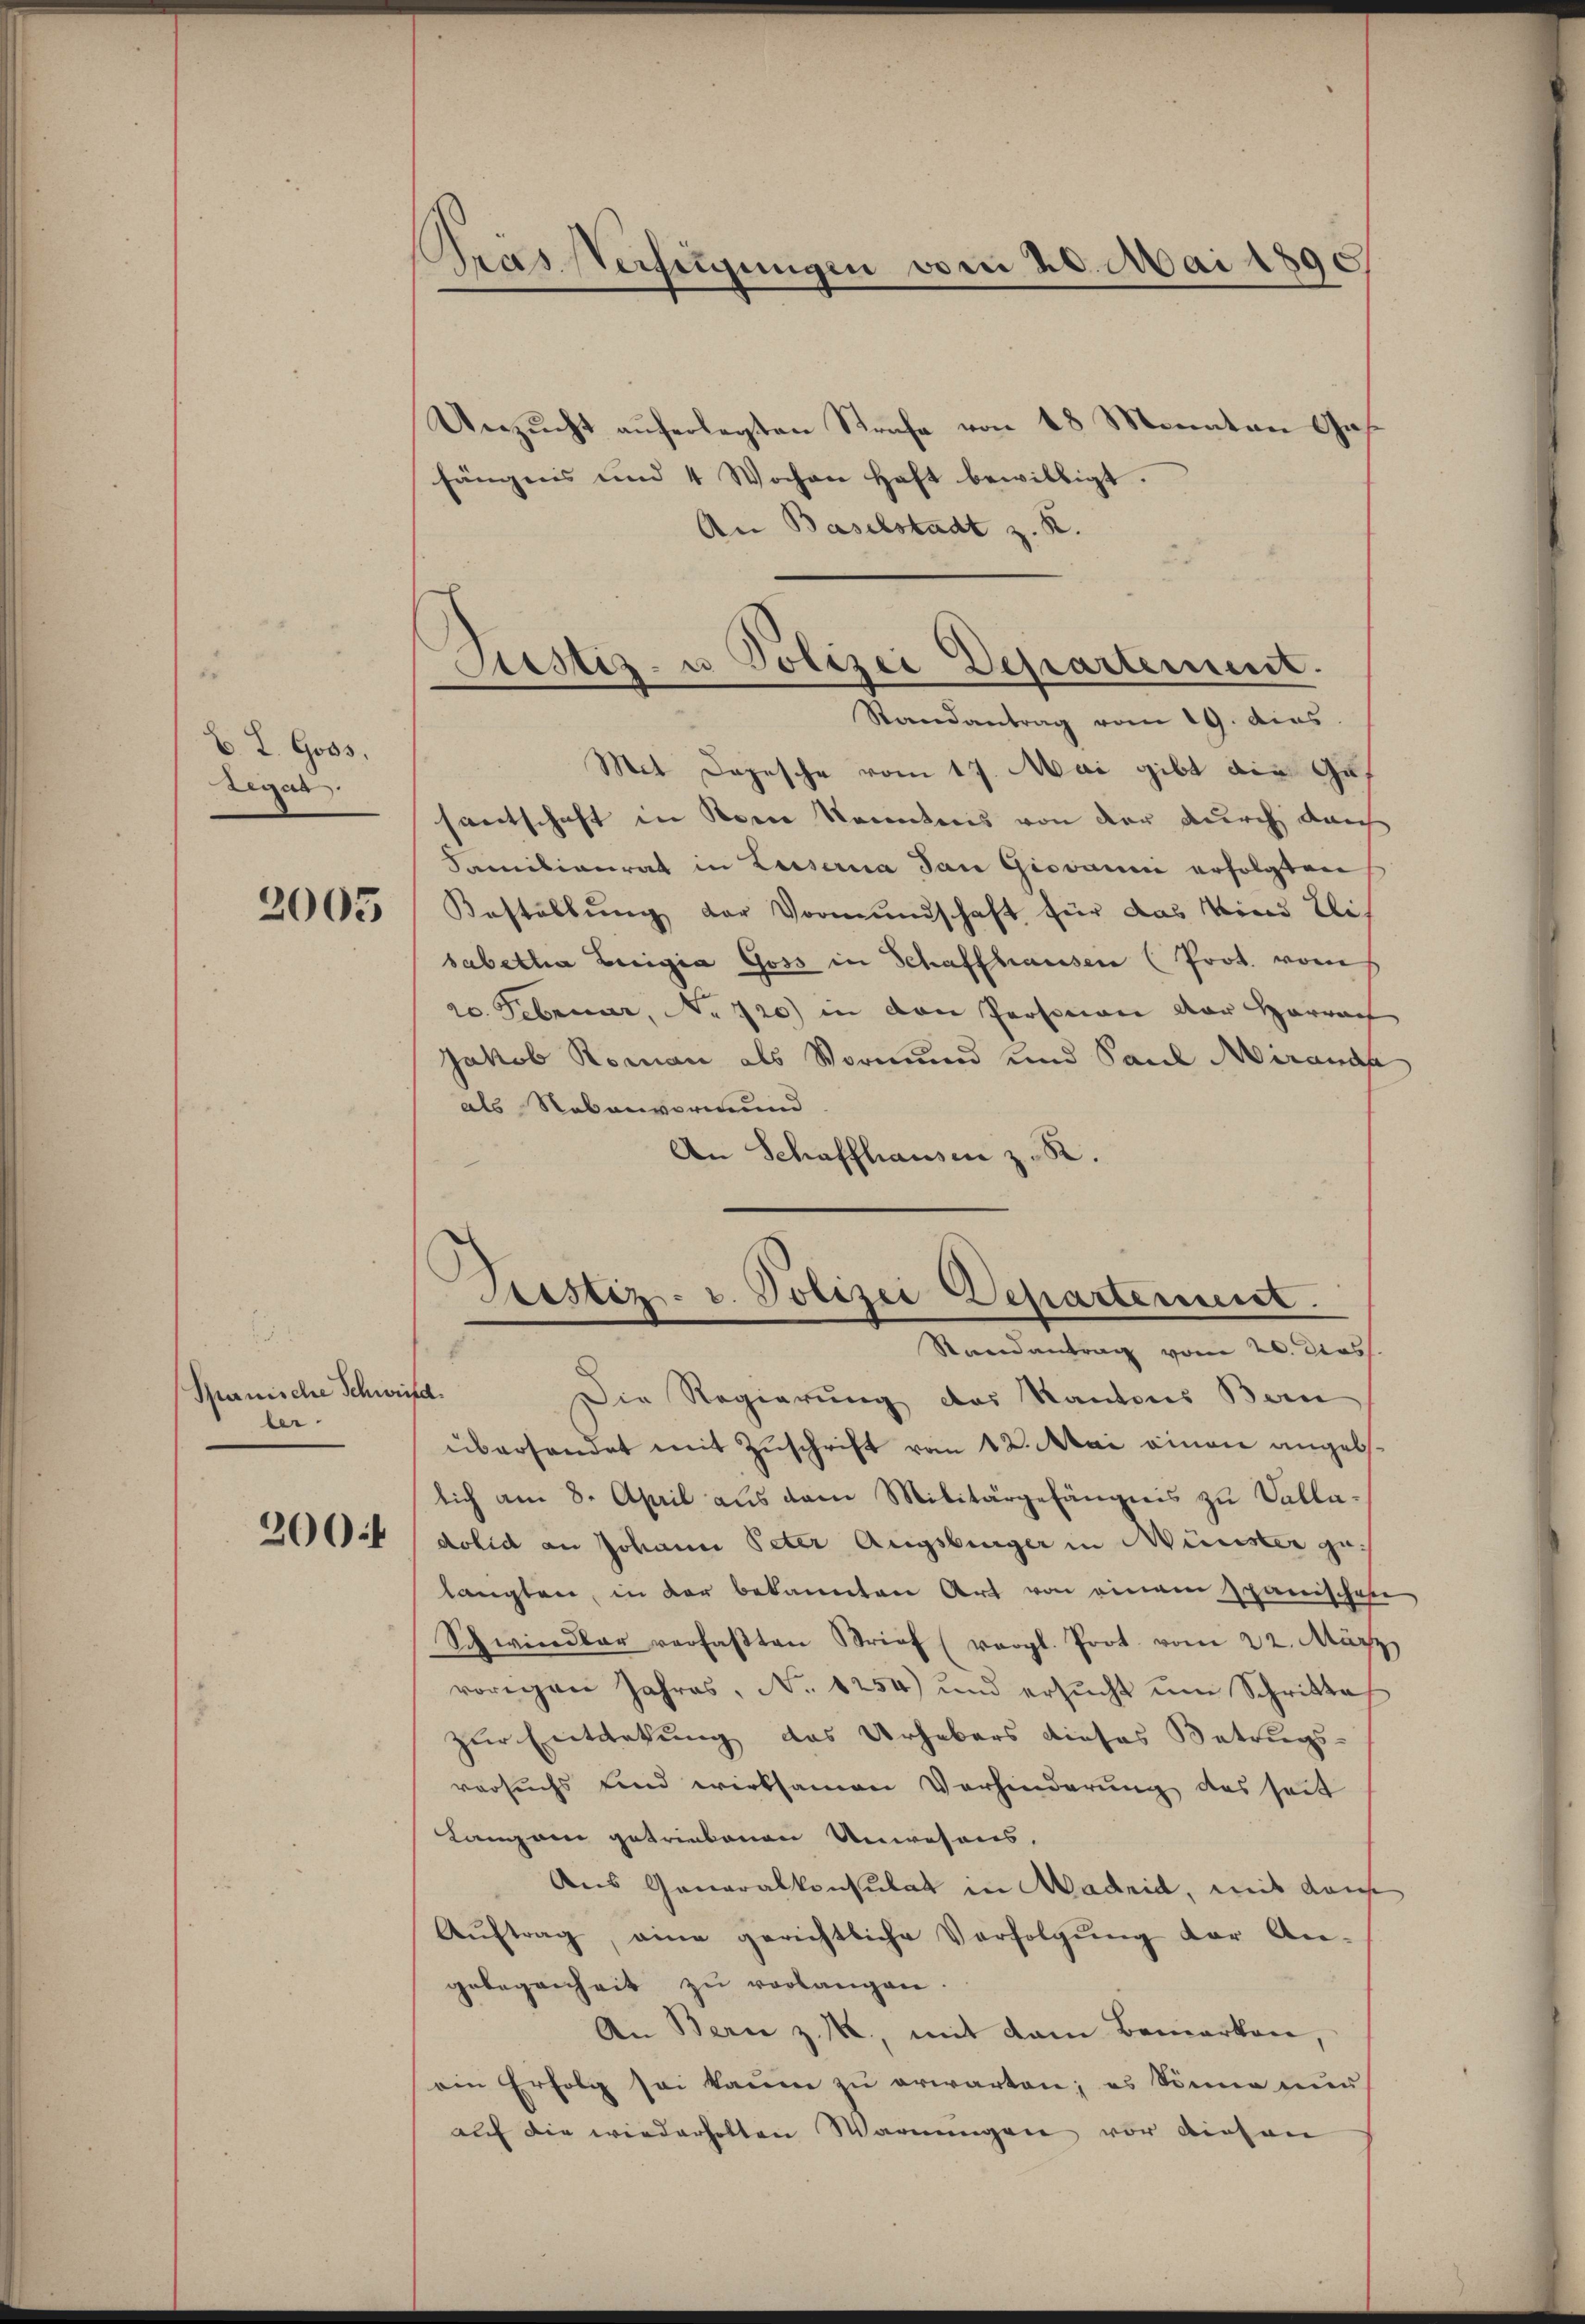
B. L. Goss.
Legat

2005

.
Spanische Schweid.
ler.

2004

Kras Verfügungen vom 20. Mai 1890

Unzŭcht aŭferlegten Strafe von 18 Monaten Gas-
fängnis und 4 Wochen Haft bewilligt.
An Baselstadt z. R.
Mit Depesche vom 17. Mai gibt die Gef
santschaft in Sonne Kenntnis von der durch durch
Familienrat in Luiserna San Giovanni erfolgten
Bestellung der Vormundschaft für das Wind Elis
sabetha Luigia Goss in Schaffhausen (Prot. vom
20. Februar, No 720) in den Personen der Harrach
Jakob Roman als Vormund und Paul Airande
als Nebenvormund
An Schaffhausen z. R.
Sistiz- u. Polizei Departement.
Randantrag vom 20. Das
Die Regierung des Kantons Bern
überhandet mit Zuschrift vom 12. Mai einen angeb
lich am 8. April aus dem Militärgehängnis zu Valla-
dolid an Johann Peter Augsburger in Münster zu
langten, in der bekannten Art von einem Spanischafe
Schwindbar verfaβten Brief (vergl. Prot. vom 22. März
vorigen Jahres, No. 1254) und ersŭcht ŭm Schritte
zur Entdekung des Urhebers dieses Betrugs-
versuchs sind wirksamen Verhinderung des seit
Langen getriebenen Unwesens,
Aus Generalkonsulat in Madrid, mit Kaise
Aŭftrag, eine gerichtliche Verfolgŭng der An-
gelegenheit zu verlangen.
An Bern z. K., mit dem Bemerken,
ein Erfolg sei kaum zu erwarten; es könne nur
auf die wiederholten Warnungen vor diesen

Justiz- u Polizei Departement.
Randantrag vom 19. dies